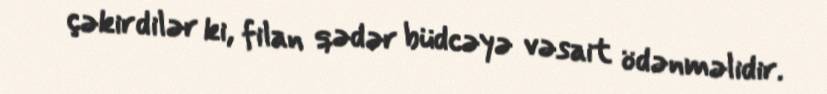
çəkirdilər ki, filan qədər büdcəyə vəsait ödənməlidir.